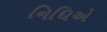
નિધિએ